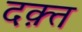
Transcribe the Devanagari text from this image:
दक़्त